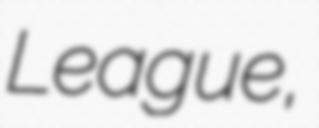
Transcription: League,